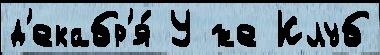
д'екабр'я́ У же Клуб